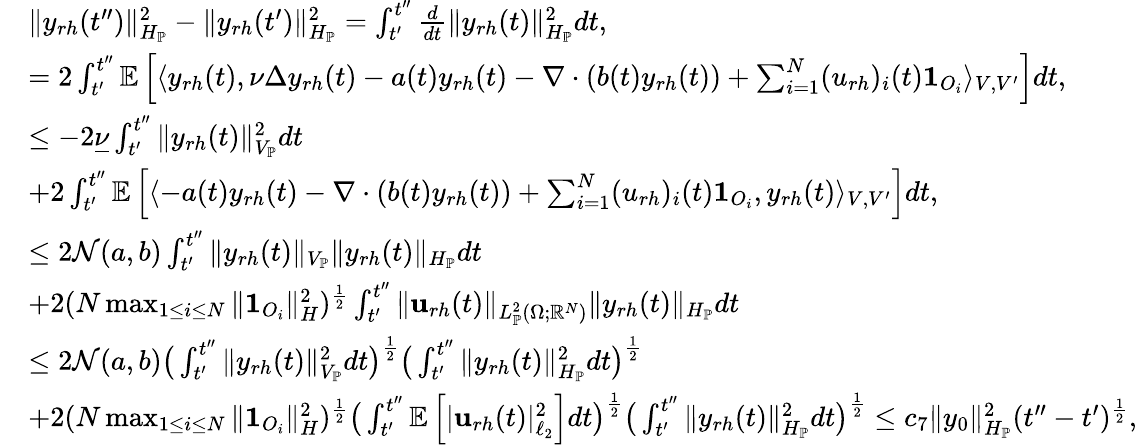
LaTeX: \begin{array}{rl}&{\| y_{rh}(t^{\prime\prime})\| _{H_{\mathbb{P}}}^{2}-\| y_{rh}(t^{\prime})\| _{H_{\mathbb{P}}}^{2}=\int_{t^{\prime}}^{t^{\prime\prime}}\frac{d}{dt}\| y_{rh}(t)\| _{H_{\mathbb{P}}}^{2}dt,}\\ &{=2\int_{t^{\prime}}^{t^{\prime\prime}}\mathbb{E}\left[\langle y_{rh}(t),\nu\Delta y_{rh}(t)-a(t)y_{rh}(t)-\nabla\cdot(b(t)y_{rh}(t))+\sum_{i=1}^{N}(u_{rh})_{i}(t)\mathbf{1}_{O_{i}}\rangle_{V,V^{\prime}}\right]dt,}\\ &{\leq-2\underline{{\nu}}\int_{t^{\prime}}^{t^{\prime\prime}}\| y_{rh}(t)\| _{V_{\mathbb{P}}}^{2}dt}\\ &{+2\int_{t^{\prime}}^{t^{\prime\prime}}\mathbb{E}\left[\langle-a(t)y_{rh}(t)-\nabla\cdot(b(t)y_{rh}(t))+\sum_{i=1}^{N}(u_{rh})_{i}(t)\mathbf{1}_{O_{i}},y_{rh}(t)\rangle_{V,V^{\prime}}\right]dt,}\\ &{\leq 2\mathcal{N}(a,b)\int_{t^{\prime}}^{t^{\prime\prime}}\| y_{rh}(t)\| _{V_{\mathbb{P}}}\| y_{rh}(t)\| _{H_{\mathbb{P}}}dt}\\ &{+2(N\operatorname*{max}_{1\leq i\leq N}\| \mathbf{1}_{O_{i}}\| _{H}^{2})^{\frac{1}{2}}\int_{t^{\prime}}^{t^{\prime\prime}}\| \mathbf{u}_{rh}(t)\| _{L_{\mathbb{P}}^{2}(\Omega;\mathbb{R}^{N})}\| y_{rh}(t)\| _{H_{\mathbb{P}}}dt}\\ &{\leq 2\mathcal{N}(a,b)\big(\int_{t^{\prime}}^{t^{\prime\prime}}\| y_{rh}(t)\| _{V_{\mathbb{P}}}^{2}dt\big)^{\frac{1}{2}}\big(\int_{t^{\prime}}^{t^{\prime\prime}}\| y_{rh}(t)\| _{H_{\mathbb{P}}}^{2}dt\big)^{\frac{1}{2}}}\\ &{+2(N\operatorname*{max}_{1\leq i\leq N}\| \mathbf{1}_{O_{i}}\| _{H}^{2})^{\frac{1}{2}}\big(\int_{t^{\prime}}^{t^{\prime\prime}}\mathbb{E}\left[|\mathbf{u}_{rh}(t)|_{\ell_{2}}^{2}\right]dt\big)^{\frac{1}{2}}\big(\int_{t^{\prime}}^{t^{\prime\prime}}\| y_{rh}(t)\| _{H_{\mathbb{P}}}^{2}dt\big)^{\frac{1}{2}}\leq c_{7}\| y_{0}\| _{H_{\mathbb{P}}}^{2}(t^{\prime\prime}-t^{\prime})^{\frac{1}{2}},}\end{array}